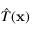
{ \hat { T } } ( \mathbf { x } )